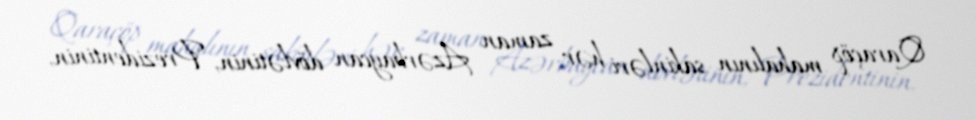
Qaraçöp mahalının sakinləri hər zaman Azərbaycan dövlətinin, Prezidentinin,